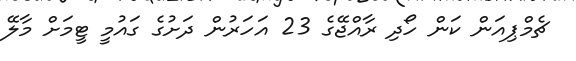
ޗެމްޕިއަން ކަން ހޯދި ރާއްޖޭގެ 23 އަހަރުން ދަށުގެ ގައުމީ ޓީމަށް މާލޭ